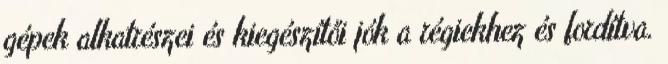
gépek alkatrészei és kiegészítői jók a régiekhez és fordítva.